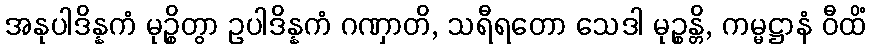
အနုပါဒိန္နကံ မုဉ္စိတွာ ဥပါဒိန္နကံ ဂဏှာတိ, သရီရတော သေဒါ မုဉ္စန္တိ, ကမ္မဋ္ဌာနံ ဝီထိံ